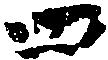
四